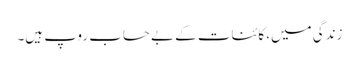
زندگی میں، کائنات کے بے حساب روپ ہیں۔